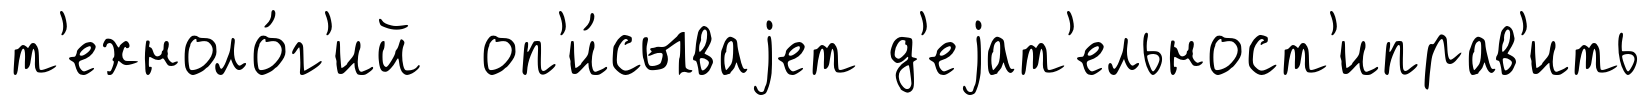
т'ехноло́г'ий оп'и́сываjет д'еjат'ельност'иправ'ить